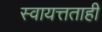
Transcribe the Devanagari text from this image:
स्वायत्तताही